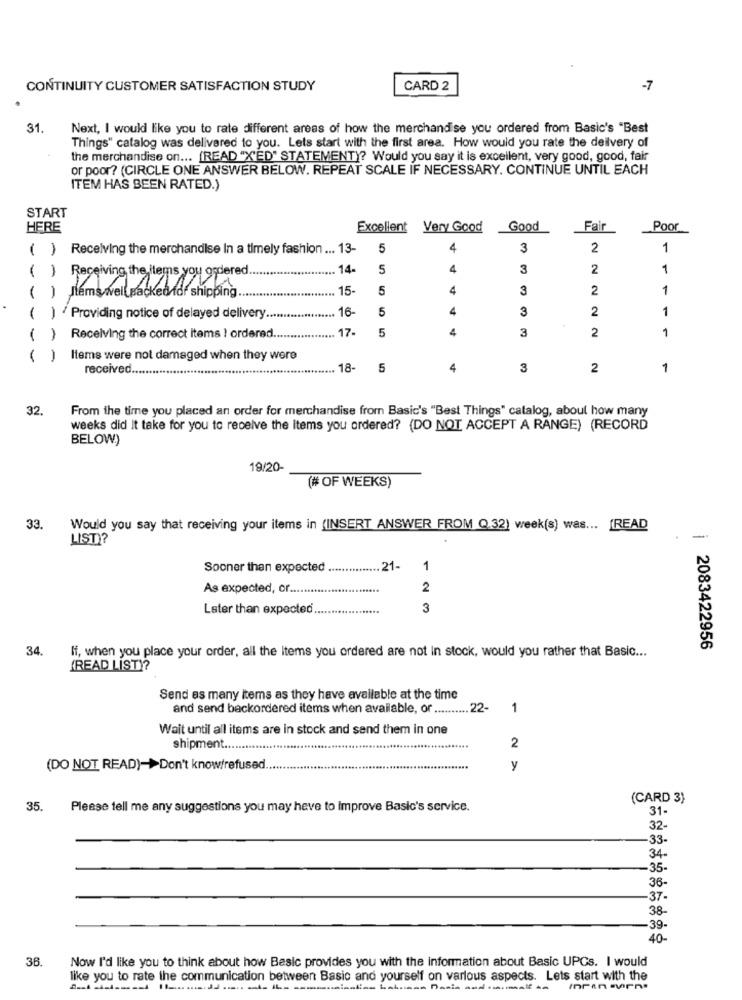
CONTINUITY CUSTOMER SATISFACTION STUDY
CARD 2
-7
31.
Next, I would like you to rate different areas of how the merchandise you ordered from Basic's "Best
Things" catalog was delivered to you. Lets start with the first area. How would you rate the deilvery of
the merchandise on ... [READ "X'ED' STATEMENT)? Would you say it is excellent, very good, good, fair
or poor? (CIRCLE ONE ANSWER BELOW. REPEAT SCALE IF NECESSARY. CONTINUE UNTIL EACH
ITEM HAS BEEN RATED.)
START
HERE
Excellent
Very Good
Good
Fair
Poor
( )
Receiving the merchandise In a timely fashion ... 13-
5
4
3
2
1
( )
14-
5
4
3
2
1
Receiving the items you ordered
Items well Backed for shipping.
15-
5
4
3
2
1
( )
16-
5
4
3
2
1
( ) Providing notice of delayed delivery ...
17-
5
A
3
2
1
( )
Receiving the correct items ! ordered.
( )
Items were not damaged when they were
received.
18-
5
4
3
2
1
32.
From the time you placed an order for merchandise from Basic's "Best Things" catalog, about how many
weeks did It take for you to receive the Items you ordered? (DO NOT ACCEPT A RANGE) (RECORD
BELOW)
19/20-
(# OF WEEKS)
33.
Would you say that receiving your items in (INSERT ANSWER FROM Q.32) week(s) was ... [READ
LIST ?
-
Sooner than expected ............... 21-
1
As expected, or ...
2
Later than expected ..
3
2083422956
34. If, when you place your order, all the items you ordered are not In stock, would you rather that Basic ...
(READ LIST)?
Send as many items as they have available at the time
and send backordered items when available, or .......... 22-
1
Wait until all items are in stock and send them in one
shipment ...
2
(DO NOT READ)->Don't know/refused
y
(CARD 3)
35.
Please tell me any suggestions you may heve to Improve Basic's service.
31
32-
33-
34-
-35-
36-
-37
38-
39-
40-
38
Now I'd like you to think about how Basic provides you with the information about Basic UPCs. I would
like you to rate the communication between Basic and yourself on various aspects. Lets start with the